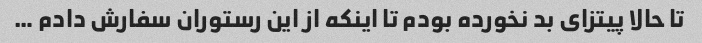
تا حالا پیتزای بد نخورده بودم تا اینکه از این رستوران سفارش دادم …